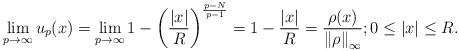
LaTeX: \begin{align*}\lim_{p\rightarrow\infty}u_{p}(x)=\lim_{p\rightarrow\infty}1-\left(\frac{\left\vert x\right\vert }{R}\right) ^{\frac{p-N}{p-1}}=1-\frac{\left\vert x\right\vert }{R}=\frac{\rho(x)}{\left\Vert \rho\right\Vert_{\infty}};0\leq\left\vert x\right\vert \leq R. \end{align*}